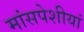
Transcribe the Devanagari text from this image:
मांसपेशीयां